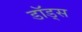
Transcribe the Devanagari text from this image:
डॉड्स